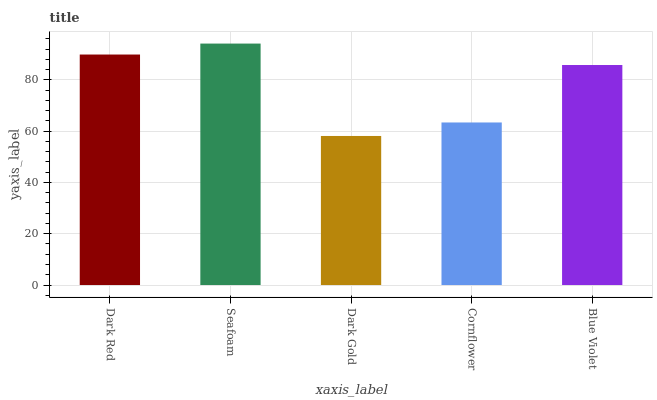
| xaxis_label | bars |
 | --- | --- |
 | Dark Red | 89.9 |
 | Seafoam | 94.1 |
 | Dark Gold | 58.1 |
 | Cornflower | 63.4 |
 | Blue Violet | 85.8 |